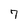
Character: 7